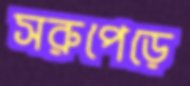
সরুপেড়ে